Civil Veterinary Dept. Assam report 1927-50 - 1927-1950
Year: 1927
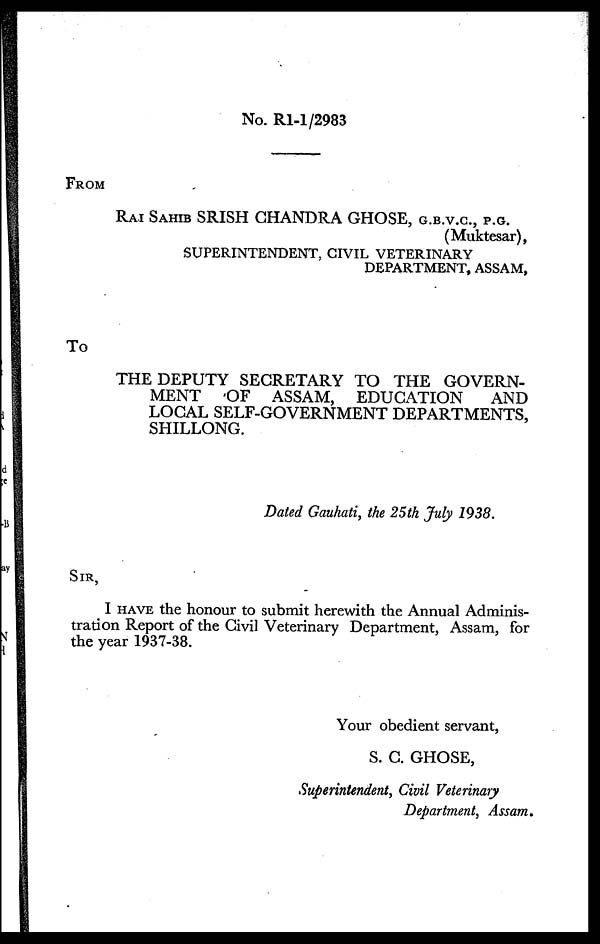
No. R1-1/2983
FROM
RAI SAHIB SRISH CHANDRA GHOSE, G.B.V.C, P.G.
(Muktesar),
SUPERINTENDENT, CIVIL VETERINARY
DEPARTMENT, ASSAM,
To
THE DEPUTY SECRETARY TO THE GOVERN-
MENT
OF ASSAM, EDUCATION
AND
LOCAL SELF-GOVERNMENT DEPARTMENTS,
SHILLONG.
Dated Gauhati, the 25th July 1938.
SIR,
I HAVE the honour to submit herewith the Annual Adminis-
tration Report of the Civil Veterinary Department, Assam, for
the year 1937-38.
Your obedient servant,
S. C. GHOSE,
Superintendent, Civil Veterinary
Department, Assam.